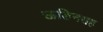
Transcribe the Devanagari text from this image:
ऊडिनसह